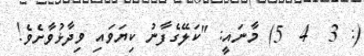
(: 3  4  5) މާނައީ: "ކަލޭގެފާނު ކިޔަވައި ވިދާޅުވާށެވެ!